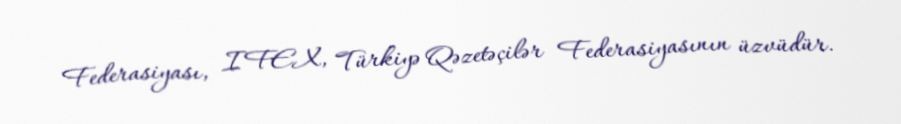
Federasiyası, IFEX, Türkiyə Qəzetəçilər Federasiyasının üzvüdür.